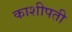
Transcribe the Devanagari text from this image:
काशीपती